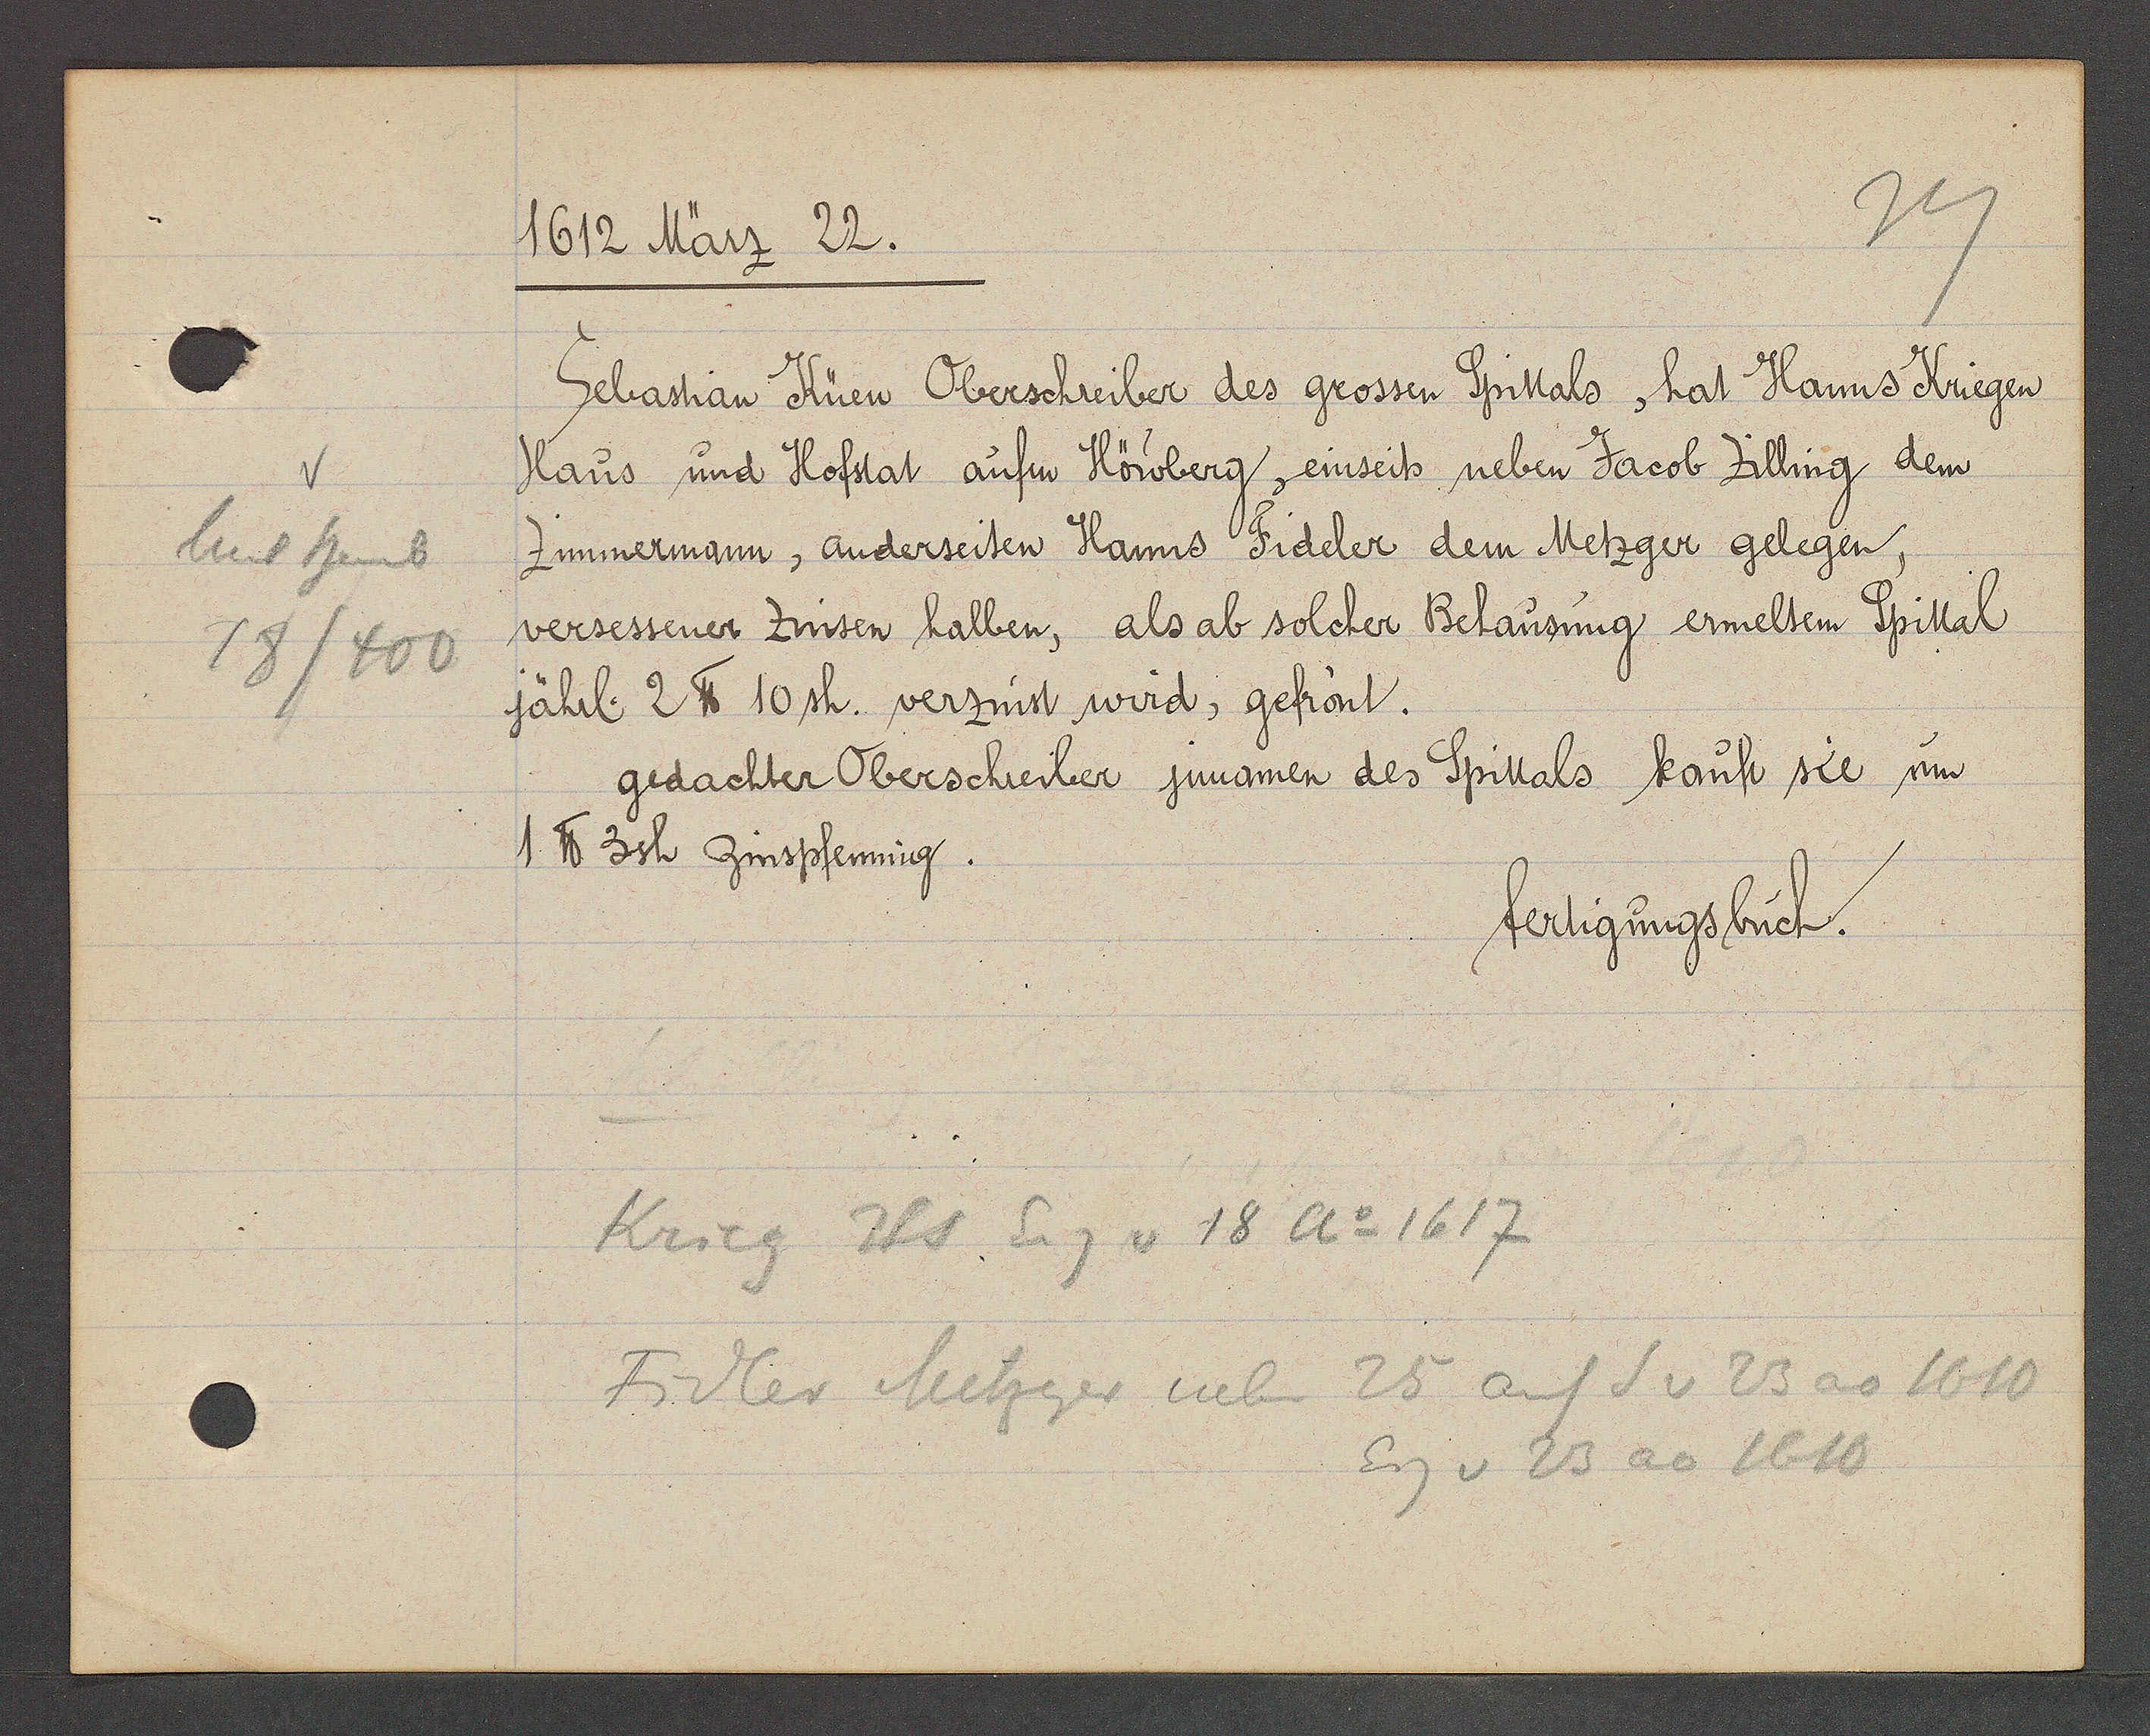
Transcript:
Unt heub
18/400

1612 März 22.

Gebastian Küew Oberschreiber des grossen Spittals, hat Hanns Kriegen
Haus und Hofstat aufen Höwberg, einseits neben Jacob Zilling dem
Zimmermann, anderseiten Hanns Fideler dem Metzger gelegen,
versessener Zinsen halben, als ab solcher Behausung ermeltem Spittal
jährl. 2 ℔ 10 sh. verzinst wird, gefrönt.
gedachter Oberschreiber jnnamen des Spittals kauft sie um
1℔ 3sh zinspfenning.

fertigungsbuch.

Krieg Hs Eig v 18 Ao 1617
Fidler Metzger neben 25 auf S v 23 ao 1610
Eig v 23 ao 1610